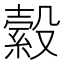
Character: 縠